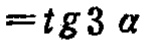
$=\mathrm{tg}3\alpha$